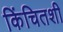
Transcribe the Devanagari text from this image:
किंचितशी